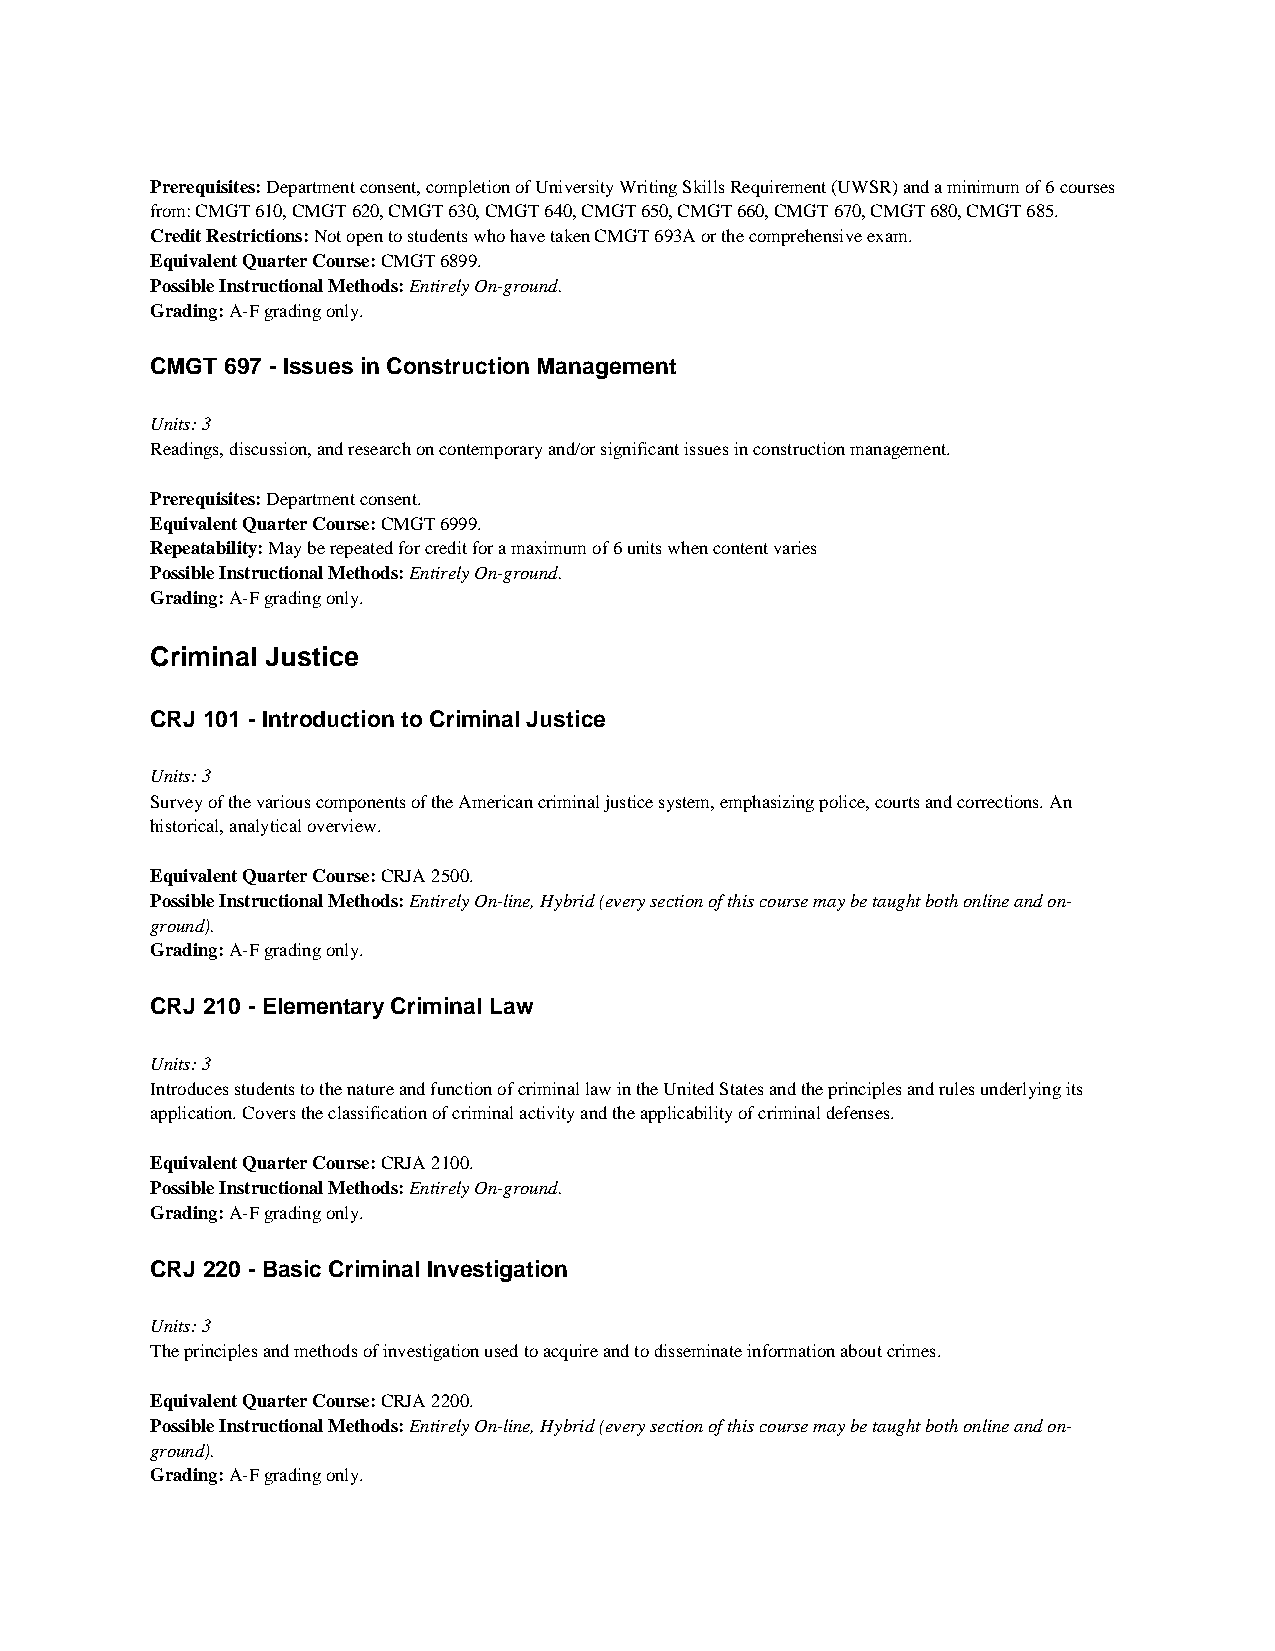
Prerequisites: Department consent, completion of University Writing Skills Requirement (UWSR) and a minimum of 6 courses
 from: CMGT 610, CMGT 620, CMGT 630, CMGT 640, CMGT 650, CMGT 660, CMGT 670, CMGT 680, CMGT 685.
 Credit Restrictions: Not open to students who have taken CMGT 693A or the comprehensive exam.
 Equivalent Quarter Course: CMGT 6899.
 Possible Instructional Methods: Entirely On-ground.
 Grading: A-F grading only.
 CMGT 697 - Issues in Construction Management
 Units: 3
 Readings, discussion, and research on contemporary and/or significant issues in construction management.
 Prerequisites: Department consent.
 Equivalent Quarter Course: CMGT 6999.
 Repeatability: May be repeated for credit for a maximum of 6 units when content varies
 Possible Instructional Methods: Entirely On-ground.
 Grading: A-F grading only.
 Criminal Justice
 CRJ 101 - Introduction to Criminal Justice
 Units: 3
 Survey of the various components of the American criminal justice system, emphasizing police, courts and corrections. An
 historical, analytical overview.
 Equivalent Quarter Course: CRJA 2500.
 Possible Instructional Methods: Entirely On-line, Hybrid (every section of this course may be taught both online and on-
 ground).
 Grading: A-F grading only.
 CRJ 210 - Elementary Criminal Law
 Units: 3
 Introduces students to the nature and function of criminal law in the United States and the principles and rules underlying its
 application. Covers the classification of criminal activity and the applicability of criminal defenses.
 Equivalent Quarter Course: CRJA 2100.
 Possible Instructional Methods: Entirely On-ground.
 Grading: A-F grading only.
 CRJ 220 - Basic Criminal Investigation
 Units: 3
 The principles and methods of investigation used to acquire and to disseminate information about crimes.
 Equivalent Quarter Course: CRJA 2200.
 Possible Instructional Methods: Entirely On-line, Hybrid (every section of this course may be taught both online and on-
 ground).
 Grading: A-F grading only.